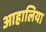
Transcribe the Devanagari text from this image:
आहालिया